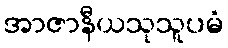
အာဇာနီယသုသူပမံ